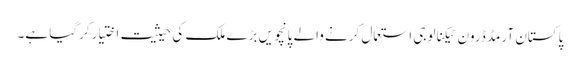
پاکستان آرمڈ ڈرون ٹیکنالوجی استعمال کرنے والے پانچویں بڑے ملک کی حیثیت اختیار کرگیا ہے۔